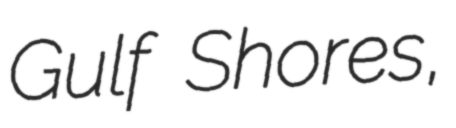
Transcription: Gulf Shores,